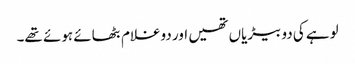
لوہے کی دو بیڑیاں تھیں اور دوغلام بٹھائے ہوئے تھے۔